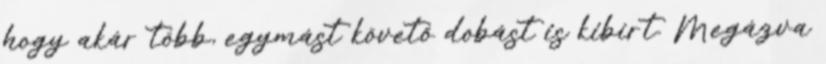
hogy akár több, egymást követő dobást is kibírt. Megázva